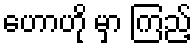
ဟောဟို မှာ ကြည့်